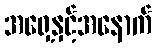
အရှေ့နှင့်အနောက်